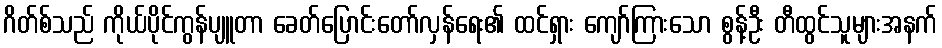
ဂိတ်စ်သည် ကိုယ်ပိုင်ကွန်ပျူတာ ခေတ်ပြောင်းတော်လှန်ရေး၏ ထင်ရှား ကျော်ကြားသော စွန့်ဦး တီထွင်သူများအနက်